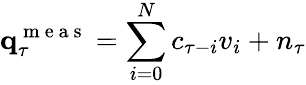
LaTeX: \mathbf q_{\tau}^{\mathrm{~m~e~a~s~}}=\sum_{i=0}^{N}c_{{\tau-i}}v_{i}+{n_{\tau}}